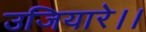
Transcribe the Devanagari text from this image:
उजियारे।।